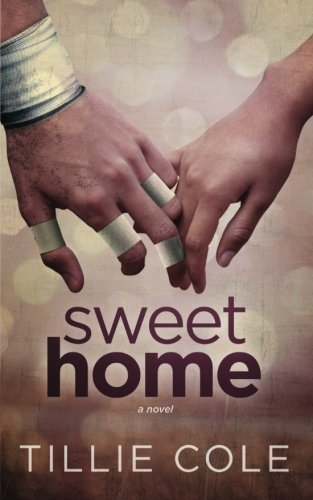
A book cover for Sweet Home; Tillie Cole; Romance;